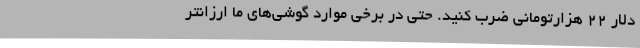
دلار 22 هزارتومانی ضرب کنید. حتی در برخی موارد گوشی‌های ما ارزانتر